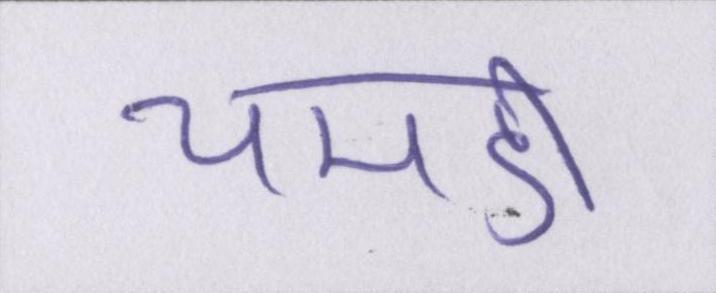
चमडी